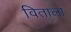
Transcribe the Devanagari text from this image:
विताला